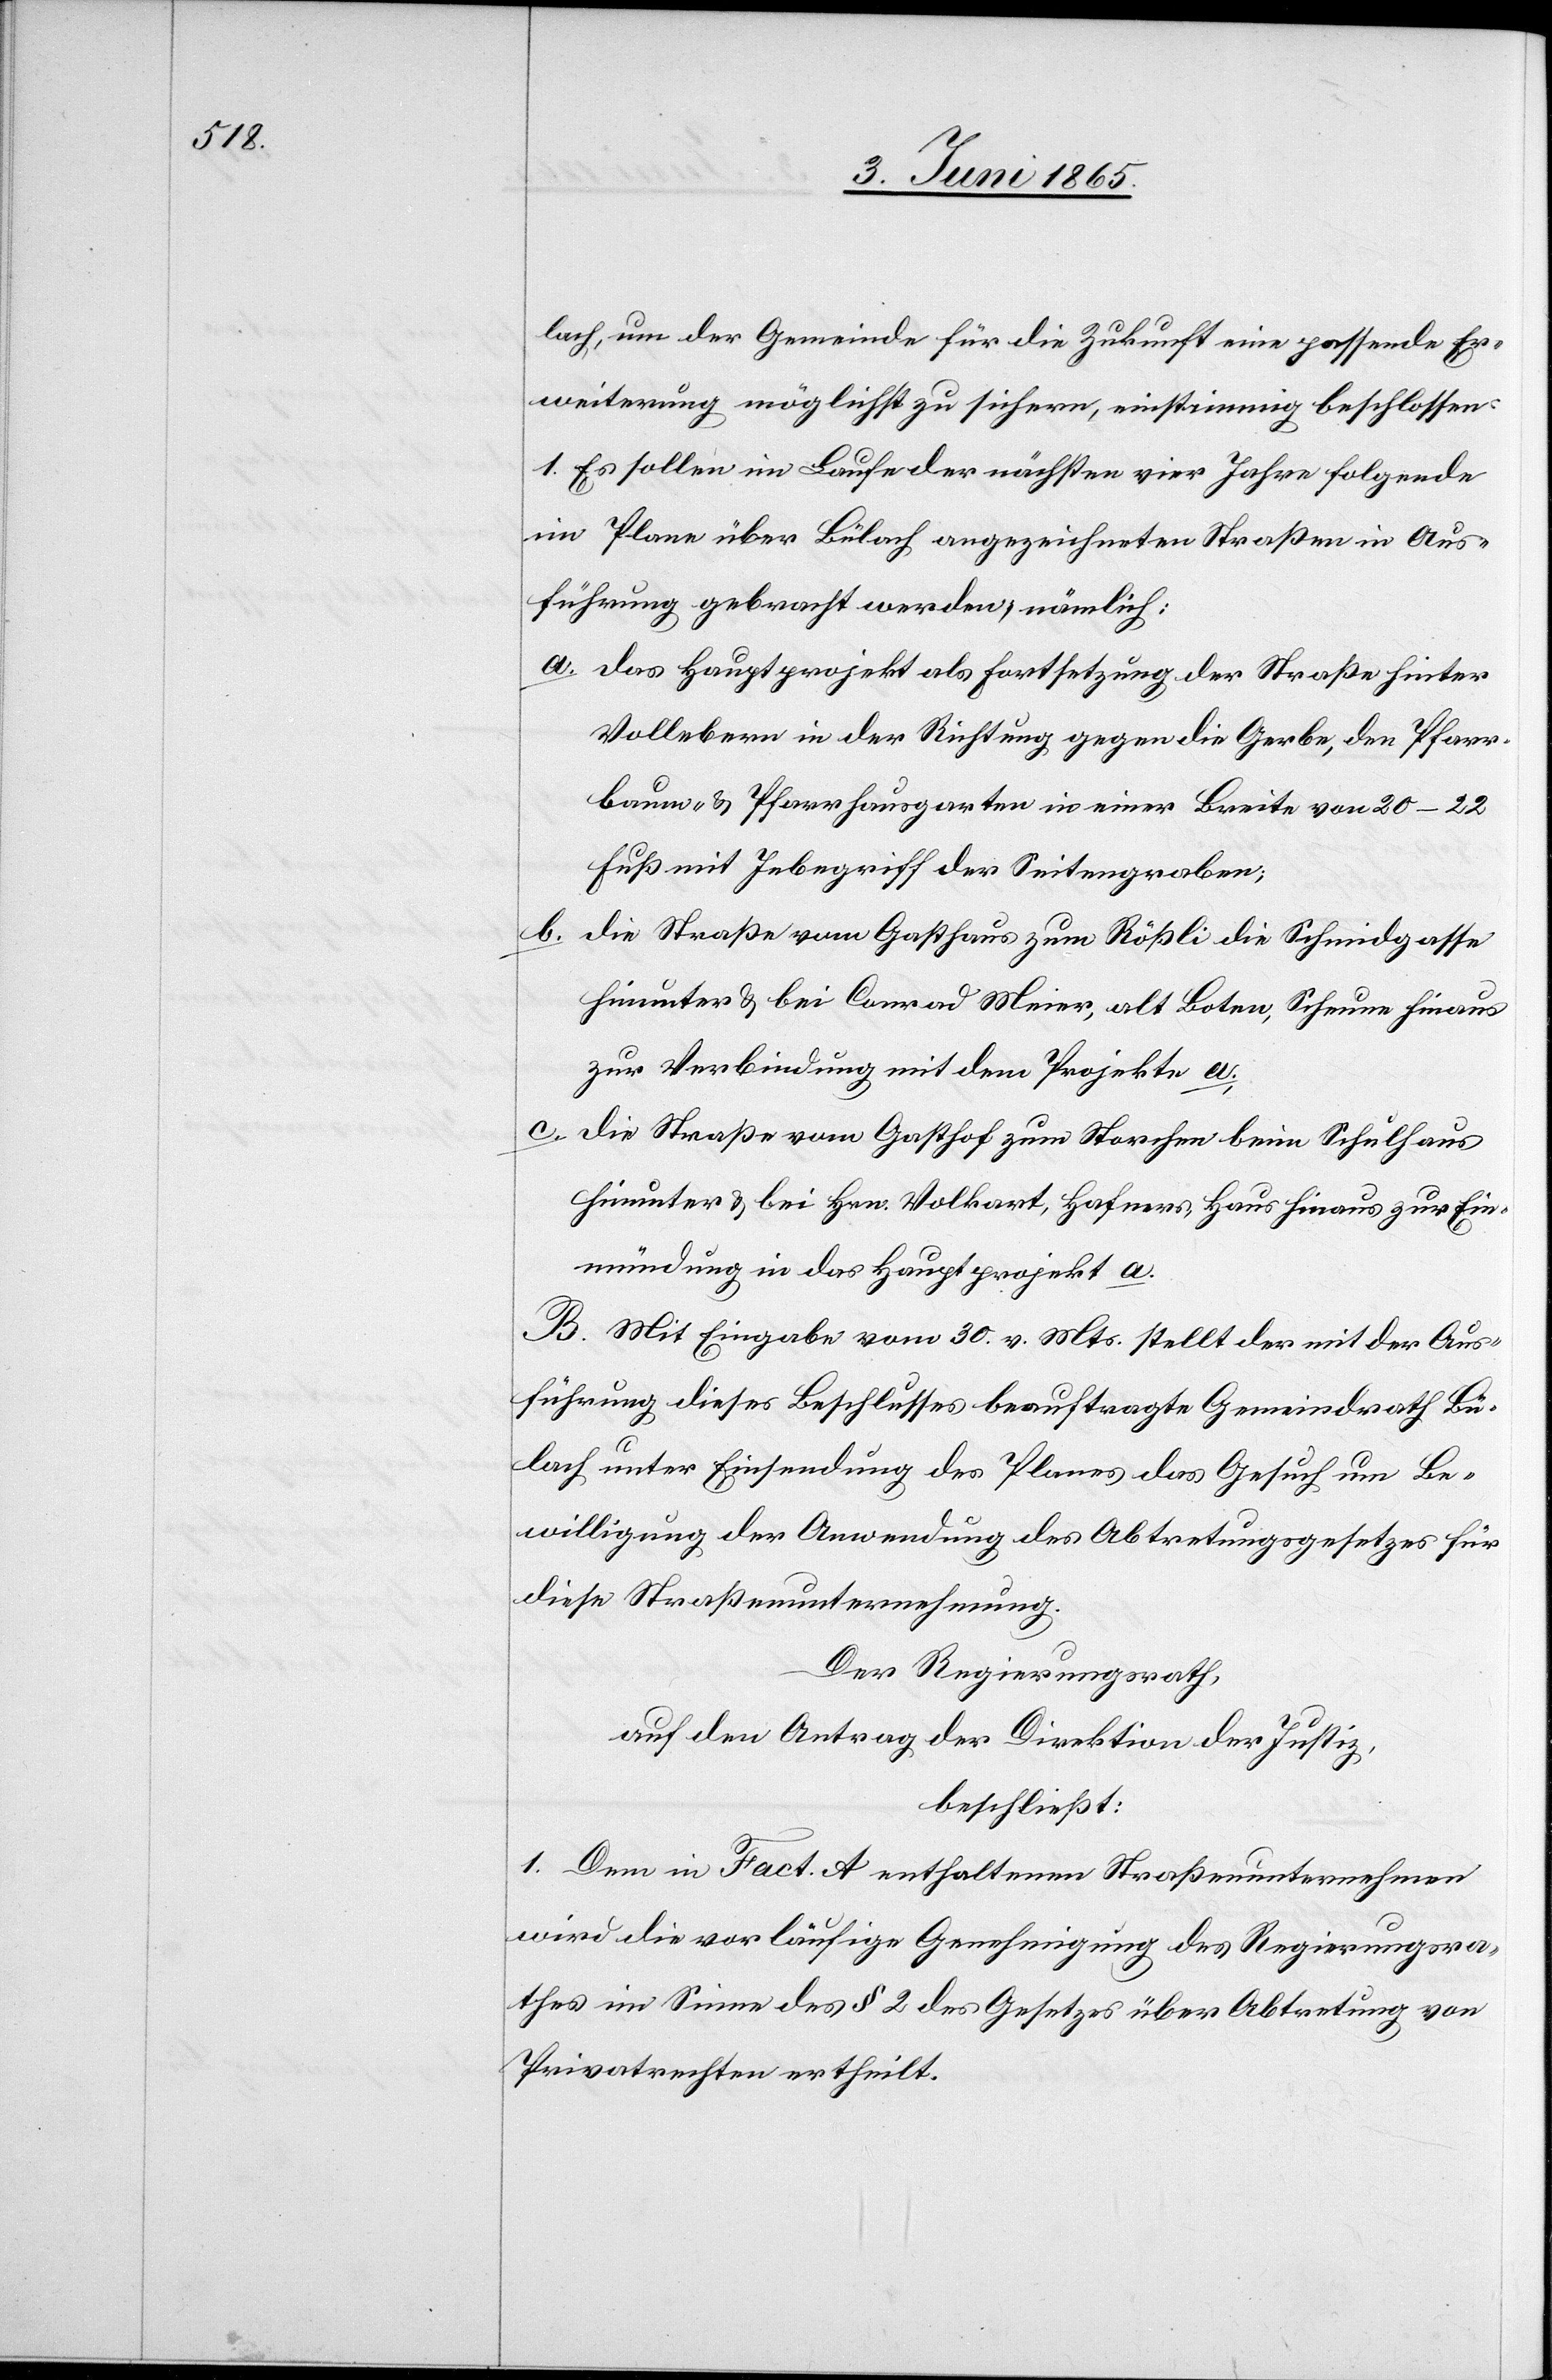
lach, um der Gemeinde für die Zukunft eine passende Er¬
weiterung möglichst zu sichern, einstimmig beschlossen:
1. Es sollen im Laufe der nächsten vier Jahre folgende
im Plane über Bülach angezeichneten Straßen in Aus¬
führung gebracht werden, nämlich:
a. Das Hauptprojekt als Fortsetzung der Straße hinter
Vollebern in der Richtung gegen die Gerbe, den Pfarr¬
baum- & Pfarrhausgarten in einer Breite von 20–22
Fuß mit Inbegriff der Seitengraben;
b.
Die Straße vom Gasthaus zum Rößli die Schmidgasse
hinunter & bei Conrad Meier, alt Boten, Scheune hinaus
zur Verbindung mit dem Projekte a;
c. Die Straße vom Gasthof zum Storchen beim Schulhaus
hinunter & bei Hrn. Volkart, Hafner, Haus hinaus zur Ein¬
mündung in das Hauptprojekt a.
B. Mit Eingabe vom 30. v. Mts. stellt der mit der Aus¬
führung dieses Beschlusses beauftragte Gemeindrath Bü¬
lach unter Einsendung des Planes das Gesuch um Be¬
willigung der Anwendung des Abtretungsgesetzes für
diese Straßenunternehmung.
Der Regierungsrath,
auf den Antrag der Direktion der Justiz,
beschließt:
1. Dem in Fact. A enthaltenen Straßenunternehmen
wird die vorläufige Genehmigung des Regierungsra¬
thes im Sinne des § 2 des Gesetzes über Abtretung von
Privatrechten ertheilt.